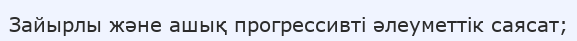
Зайырлы және ашық прогрессивті әлеуметтік саясат;